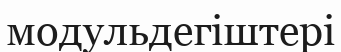
модульдегіштері